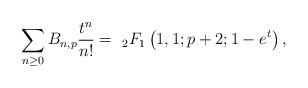
LaTeX: \begin{align*}\sum_{n\geq 0}B_{n, p}\frac{t^{n}}{n!}=\ _{2}F_{1}\left( 1,1;p+2;1-e^{t}\right),\end{align*}